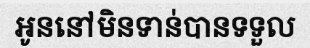
អូននៅមិនទាន់បានទទួល